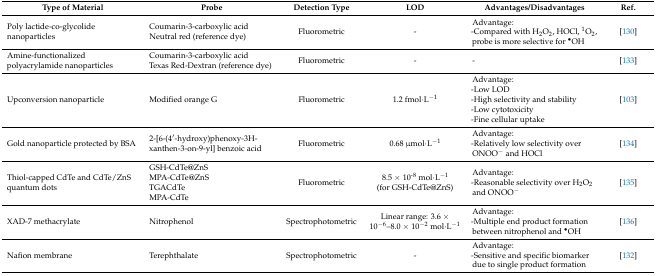
<table><thead><tr><td><b>Type of Material</b></td><td><b>Probe</b></td><td><b>Detection Type</b></td><td><b>LOD</b></td><td><b>Advantages/Disadvantages</b></td><td><b>Ref.</b></td></tr></thead><tbody><tr><td>Poly lactide-co-glycolide nanoparticles</td><td>Coumarin-3-carboxylic acid Neutral red (reference dye)</td><td>Fluorometric</td><td>-</td><td>Advantage: -Compared with H<sub>2</sub>O<sub>2</sub>, HOCl, <sup>1</sup>O<sub>2</sub>, probe is more selective for <sup>•</sup>OH</td><td>[130]</td></tr><tr><td>Amine-functionalized polyacrylamide nanoparticles</td><td>Coumarin-3-carboxylic acid Texas Red-Dextran (reference dye)</td><td>Fluorometric</td><td>-</td><td>-</td><td>[133]</td></tr><tr><td>Upconversion nanoparticle</td><td>Modified orange G</td><td>Fluorometric</td><td>1.2 fmol·L<sup>−1</sup></td><td>Advantage: -Low LOD-High selectivity and stability-Low cytotoxicity-Fine cellular uptake</td><td>[103]</td></tr><tr><td>Gold nanoparticle protected by BSA</td><td>2-[6-(4′-hydroxy)phenoxy-3H-xanthen-3-on-9-yl] benzoic acid</td><td>Fluorometric</td><td>0.68 μmol·L<sup>−1</sup></td><td>Advantage: -Relatively low selectivity over ONOO<sup>−</sup> and HOCl</td><td>[134]</td></tr><tr><td>Thiol-capped CdTe and CdTe/ZnS quantum dots</td><td>GSH-CdTe@ZnSMPA-CdTe@ZnSTGACdTeMPA-CdTe</td><td>Fluorometric</td><td>8.5 × 10<sup>-8</sup> mol·L<sup>−1</sup>(for GSH-CdTe@ZnS)</td><td>Advantage: -Reasonable selectivity over H<sub>2</sub>O<sub>2</sub> and ONOO<sup>−</sup></td><td>[135]</td></tr><tr><td>XAD-7 methacrylate</td><td>Nitrophenol</td><td>Spectrophotometric</td><td>Linear range: 3.6 × 10<sup>−6</sup>–8.0 × 10<sup>−2</sup> mol·L<sup>−1</sup></td><td>Advantage: -Multiple end product formation between nitrophenol and <sup>•</sup>OH</td><td>[136]</td></tr><tr><td>Nafion membrane</td><td>Terephthalate</td><td>Spectrophotometric</td><td>-</td><td>Advantage: -Sensitive and specific biomarker due to single product formation</td><td>[132]</td></tr></tbody></table>